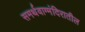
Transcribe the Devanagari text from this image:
समर्थवाग्मंदिरातील